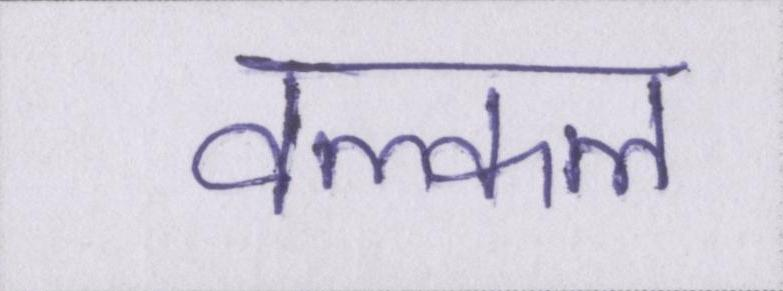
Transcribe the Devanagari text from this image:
वल्कल